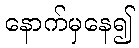
နောက်မှနေ၍